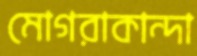
মোগরাকান্দা